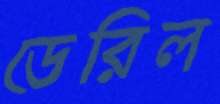
ডেরিল